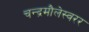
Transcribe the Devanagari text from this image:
चन्द्रमौलेस्वरर